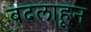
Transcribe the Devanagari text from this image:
बदलाहून